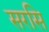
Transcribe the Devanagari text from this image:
सरसि